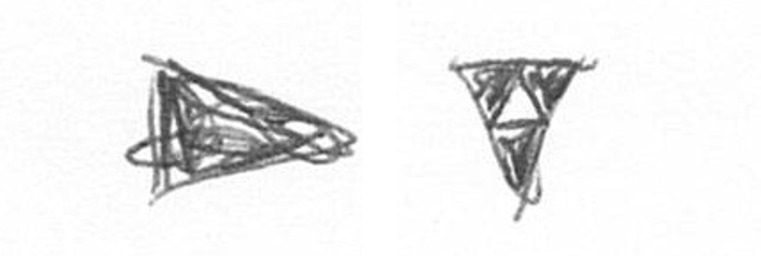
T S